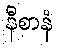
နီစာနံ